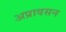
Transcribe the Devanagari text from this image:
अप्रावसन